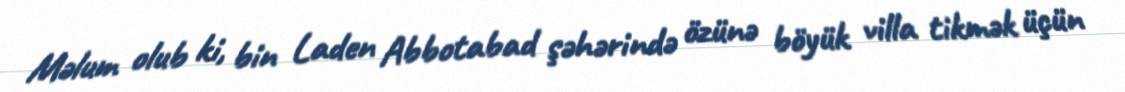
Məlum olub ki, bin Laden Abbotabad şəhərində özünə böyük villa tikmək üçün